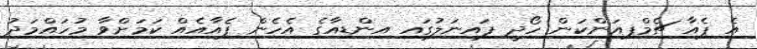
އެ ޕެއާ ޗެމްޕިއަންކަން ހޯދީ ފައިނަލުގައި އިންޑިއާގެ އެހެން ޕެއާއެއް ކަމަށްވާ މުހައްމަދު